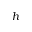
h